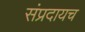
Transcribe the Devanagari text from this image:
संप्रदायच